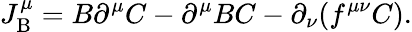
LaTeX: J_{\mathrm{B}}^{\mu}=B\partial^{\mu}C-\partial^{\mu}BC-\partial_{\nu}(f^{\mu\nu}C).